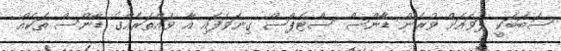
ސަބަބަކީ ލަވައަށް ވުރެން ޑާންސް ސްޓެޕްސް ގިނަވެފައި އާ ވައްތަރެއްގެ ޑާންސް ތަކެއް